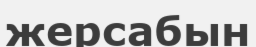
жерсабын